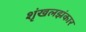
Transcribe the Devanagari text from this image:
शृंखलझंकार